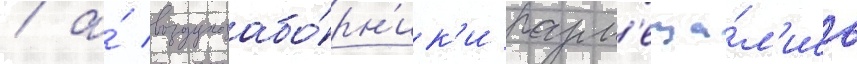
/ а́ воздухозабо́рн'ик'и разм'еща́л'ись